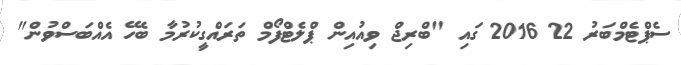
ސެޕްޓެމްބަރު 22 2016 ގައި "ބްރިޖް ވިއުއިން ޕްލެޓްފޯމް ތަރައްގީކުރުމާ ބެހޭ އެއްބަސްވުން"